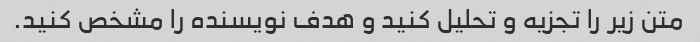
متن زیر را تجزیه و تحلیل کنید و هدف نویسنده را مشخص کنید.